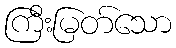
ကြီးမြတ်သော